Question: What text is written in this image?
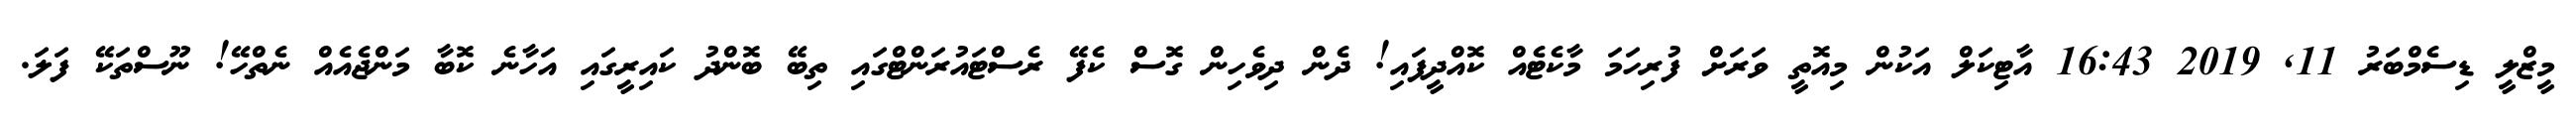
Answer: މީޒްލީ ޑިސެމްބަރު 11, 2019 16:43 އާޓިކަލް އަކުން މިއޮތީ ވަރަށް ފުރިހަމަ މާކެޓެއް ކޮއްދީފައި! ދެން ދިވެހިން ގޮސް ކެފޭ ރެސްޓައުރަންޓްގައި ތިބޭ ބޮންދު ކައިރީގައި އަހާނެ ކޮބާ މަންޖެއެއް ނެތްހޭ! ނޫސްތަކޭ ފަލަ.